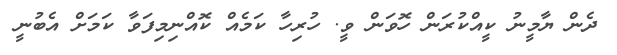
ދެން ޔާމީނު ކީއްކުރަން ހޮވަން ވީ. ހުރިހާ ކަމެއް ކޮއްނިމިފަވާ ކަމަށް އެބުނީ